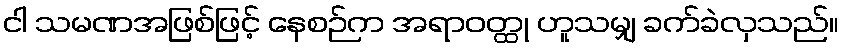
ငါ သမဏအဖြစ်ဖြင့် နေစဉ်က အရာဝတ္ထု ဟူသမျှ ခက်ခဲလှသည်။